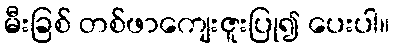
မီးခြစ် တစ်ဖာကျေးဇူးပြု၍ ပေးပါ။